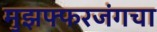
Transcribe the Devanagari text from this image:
मुझफ्फरजंगचा